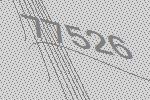
77526